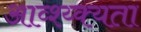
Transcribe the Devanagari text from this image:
आव्श्य्क्यता